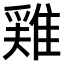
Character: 𨿸